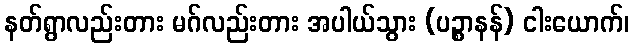
နတ်ရွာလည်းတား မဂ်လည်းတား အပါယ်သွား (ပဉ္စာနန်) ငါးယောက်၊